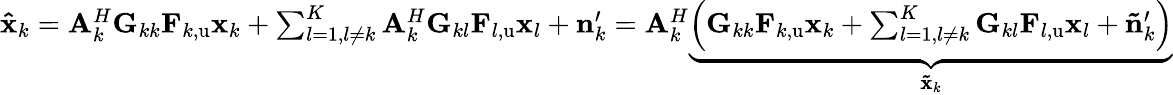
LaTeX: \begin{array}{r}{\mathbf{\hat{x}}_{k}=\mathbf{A}_{k}^{H}\mathbf{G}_{kk}\mathbf{F}_{k,\mathrm{u}}\mathbf{x}_{k}+\sum_{l=1,l\ne k}^{K}{\mathbf{A}_{k}^{H}\mathbf{G}_{kl}\mathbf{F}_{l,\mathrm{u}}\mathbf{x}_{l}}+\mathbf{n}_{k}^{\prime}=\mathbf{A}_{k}^{H}\underset{\mathbf{\tilde{x}}_{k}}{\underbrace{\left(\mathbf{G}_{kk}\mathbf{F}_{k,\mathrm{u}}\mathbf{x}_{k}+\sum_{l=1,l\ne k}^{K}{\mathbf{G}_{kl}\mathbf{F}_{l,\mathrm{u}}\mathbf{x}_{l}}+\mathbf{\tilde{n}}_{k}^{\prime}\right)}}}\end{array}